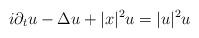
LaTeX: \begin{align*}i \partial_t u - \Delta u + |x|^2 u = |u|^2 u\end{align*}